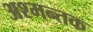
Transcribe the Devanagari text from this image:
अश्मन्तक